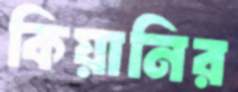
কিয়ানির